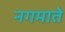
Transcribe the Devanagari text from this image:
नगमाते